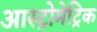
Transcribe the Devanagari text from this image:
आस्ट्रोमेट्रिक